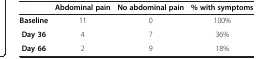
<table><thead><tr><td><b> </b></td><td><b>Abdominal pain</b></td><td><b>No abdominal pain</b></td><td><b>% with symptoms</b></td></tr></thead><tbody><tr><td><b>Baseline</b></td><td>11</td><td>0</td><td>100%</td></tr><tr><td><b>Day 36</b></td><td>4</td><td>7</td><td>36%</td></tr><tr><td><b>Day 66</b></td><td>2</td><td>9</td><td>18%</td></tr></tbody></table>